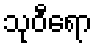
သုဝီရော